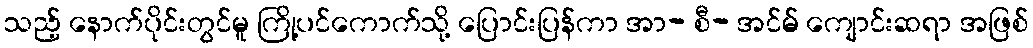
သည့် နောက်ပိုင်းတွင်မူ ကြို့ပင်ကောက်သို့ ပြောင်းပြန်ကာ အာ- စီ- အင်မ် ကျောင်းဆရာ အဖြစ်